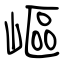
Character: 嶇